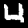
Digit: 4